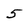
Character: 5